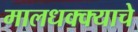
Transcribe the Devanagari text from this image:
मालधक्क्याचे